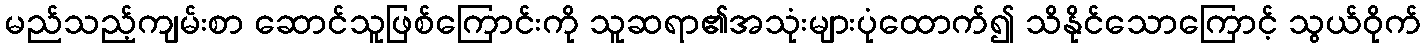
မည်သည့်ကျမ်းစာ ဆောင်သူဖြစ်ကြောင်းကို သူဆရာ၏အသုံးများပုံထောက်၍ သိနိုင်သောကြောင့် သွယ်ဝိုက်